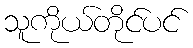
သူကိုယ်တိုင်ပင်